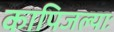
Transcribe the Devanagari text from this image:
कापिजल्याः